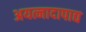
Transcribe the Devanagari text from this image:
अयत्नादापाद्य